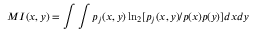
M I ( x , y ) = \int \int p _ { j } ( x , y ) \ln _ { 2 } [ p _ { j } ( x , y ) / p ( x ) p ( y ) ] d x d y